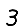
Digit: 3